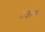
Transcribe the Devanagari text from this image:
टाईल्क